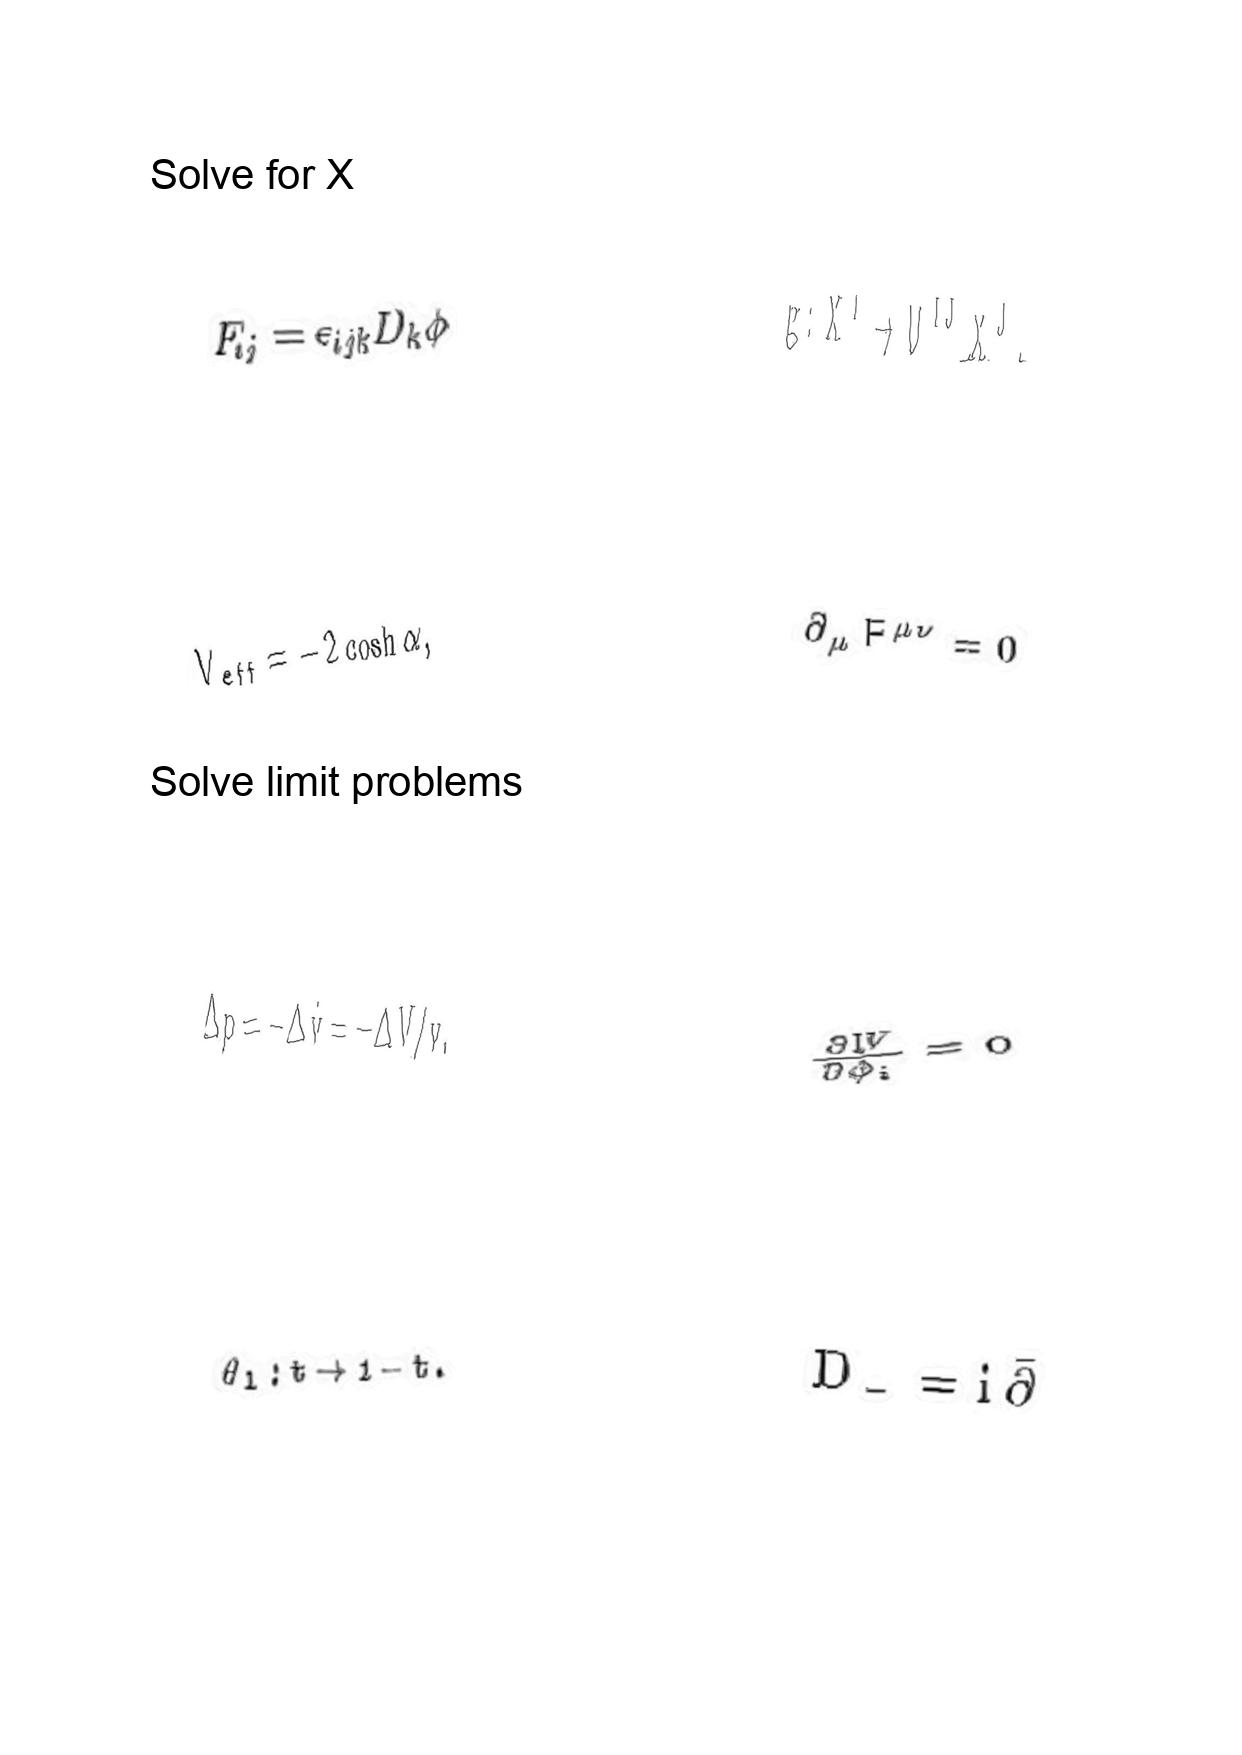
LaTeX transcription:
F _ { i j } = \epsilon _ { i j k } D _ { k } \phi
V _ { e f f } = - 2 \cosh \alpha ,
\Delta p = - \Delta \dot { v } = - \Delta V / v .
\theta _ { l } : t \rightarrow 1 - t .
g : X ^ { I } \rightarrow U ^ { I J } X ^ { J } .
\partial _ { \mu } F ^ { \mu \nu } = 0
\frac { \partial W } { \partial \phi _ { i } } = 0
D _ { - } = i \bar { \partial }